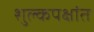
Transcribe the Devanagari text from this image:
शुल्कपक्षांत